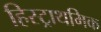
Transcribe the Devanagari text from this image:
हिस्ट्राथमिक